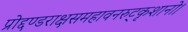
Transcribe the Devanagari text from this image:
प्रोद्दण्डराक्षसमहावनरुट्कृशानो।